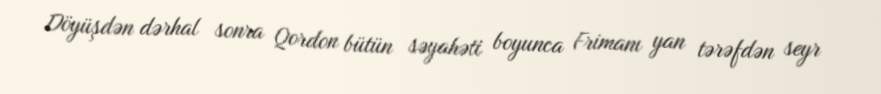
Döyüşdən dərhal sonra Qordon bütün səyahəti boyunca Frimanı yan tərəfdən seyr